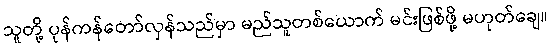
သူတို့ ပုန်ကန်တော်လှန်သည်မှာ မည်သူတစ်ယောက် မင်းဖြစ်ဖို့ မဟုတ်ချေ။